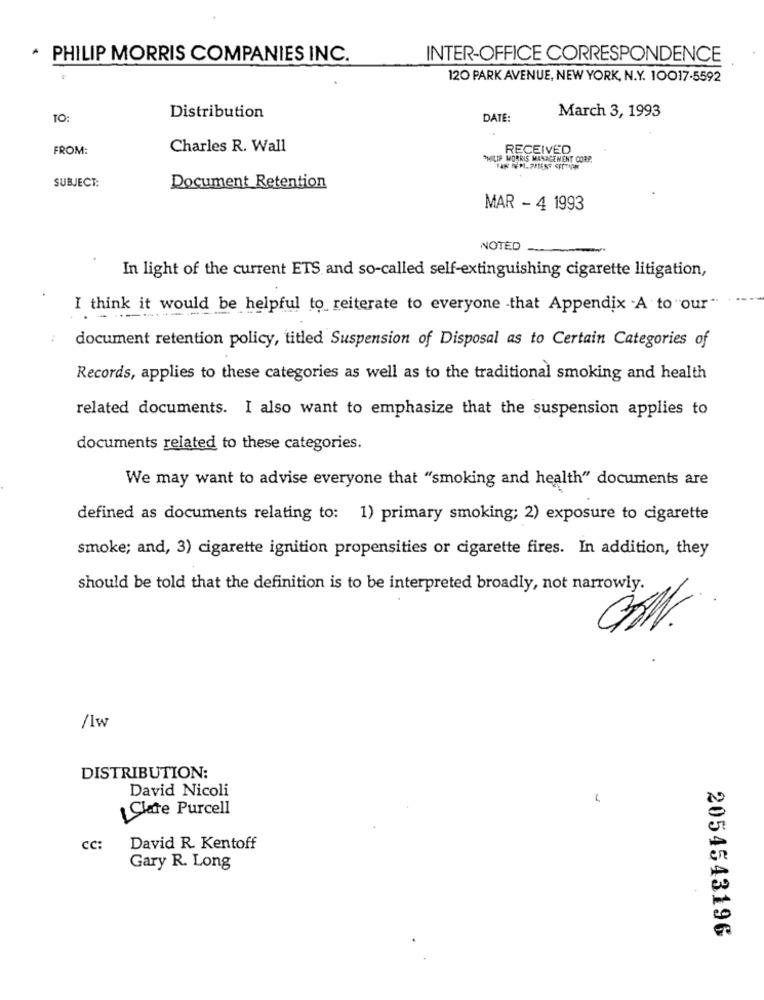
. PHILIP MORRIS COMPANIES INC.
INTER-OFFICE CORRESPONDENCE
120 PARK AVENUE, NEW YORK, N.Y. 10017-5592
March 3, 1993
TO:
Distribution
DATE:
FROM:
Charles R. Wall
RECEIVED
PHILIP MORRIS MANAGEMENT
SUBJECT:
Document Retention
MAR - 4 1993
NOTED
In light of the current ETS and so-called self-extinguishing cigarette litigation,
I think it would be helpful to reiterate to everyone that Appendix .A to our"
document retention policy, titled Suspension of Disposal as to Certain Categories of
Records, applies to these categories as well as to the traditional smoking and health
related documents. I also want to emphasize that the suspension applies to
documents related to these categories.
We may want to advise everyone that "smoking and health" documents are
defined as documents relating to: 1) primary smoking; 2) exposure to cigarette
smoke; and, 3) cigarette ignition propensities or cigarette fires. In addition, they
should be told that the definition is to be interpreted broadly, not narrowly.
/1w
DISTRIBUTION:
David Nicoli
Clare Purcell
CC:
David R. Kentoff
Gary R. Long
2054543196